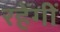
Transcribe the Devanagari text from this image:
रहेंगीं